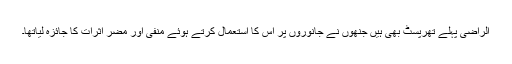
الراضی پہلے تھرپسٹ بھی ہیں جنھوں نے جانوروں پر اس کا استعمال کرتے ہوئے منفی اور مضر اثرات کا جائزہ لیاتھا۔